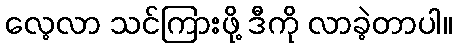
လေ့လာ သင်ကြားဖို့ ဒီကို လာခဲ့တာပါ။